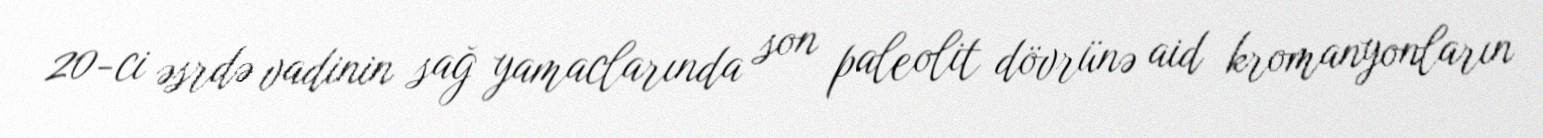
20-ci əsrdə vadinin sağ yamaclarında son paleolit dövrünə aid kromanyonların